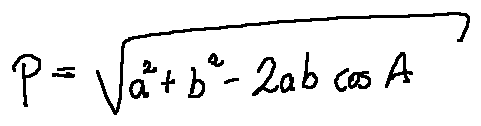
p = \sqrt { a ^ { 2 } + b ^ { 2 } - 2 a b \cos A }